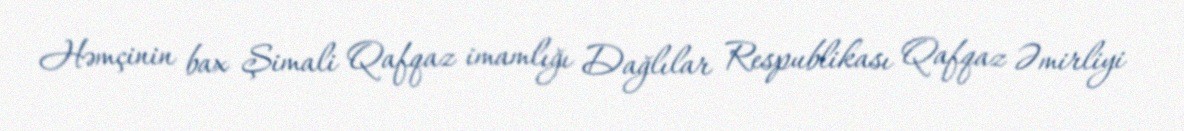
Həmçinin bax Şimali Qafqaz imamlığı Dağlılar Respublikası Qafqaz Əmirliyi